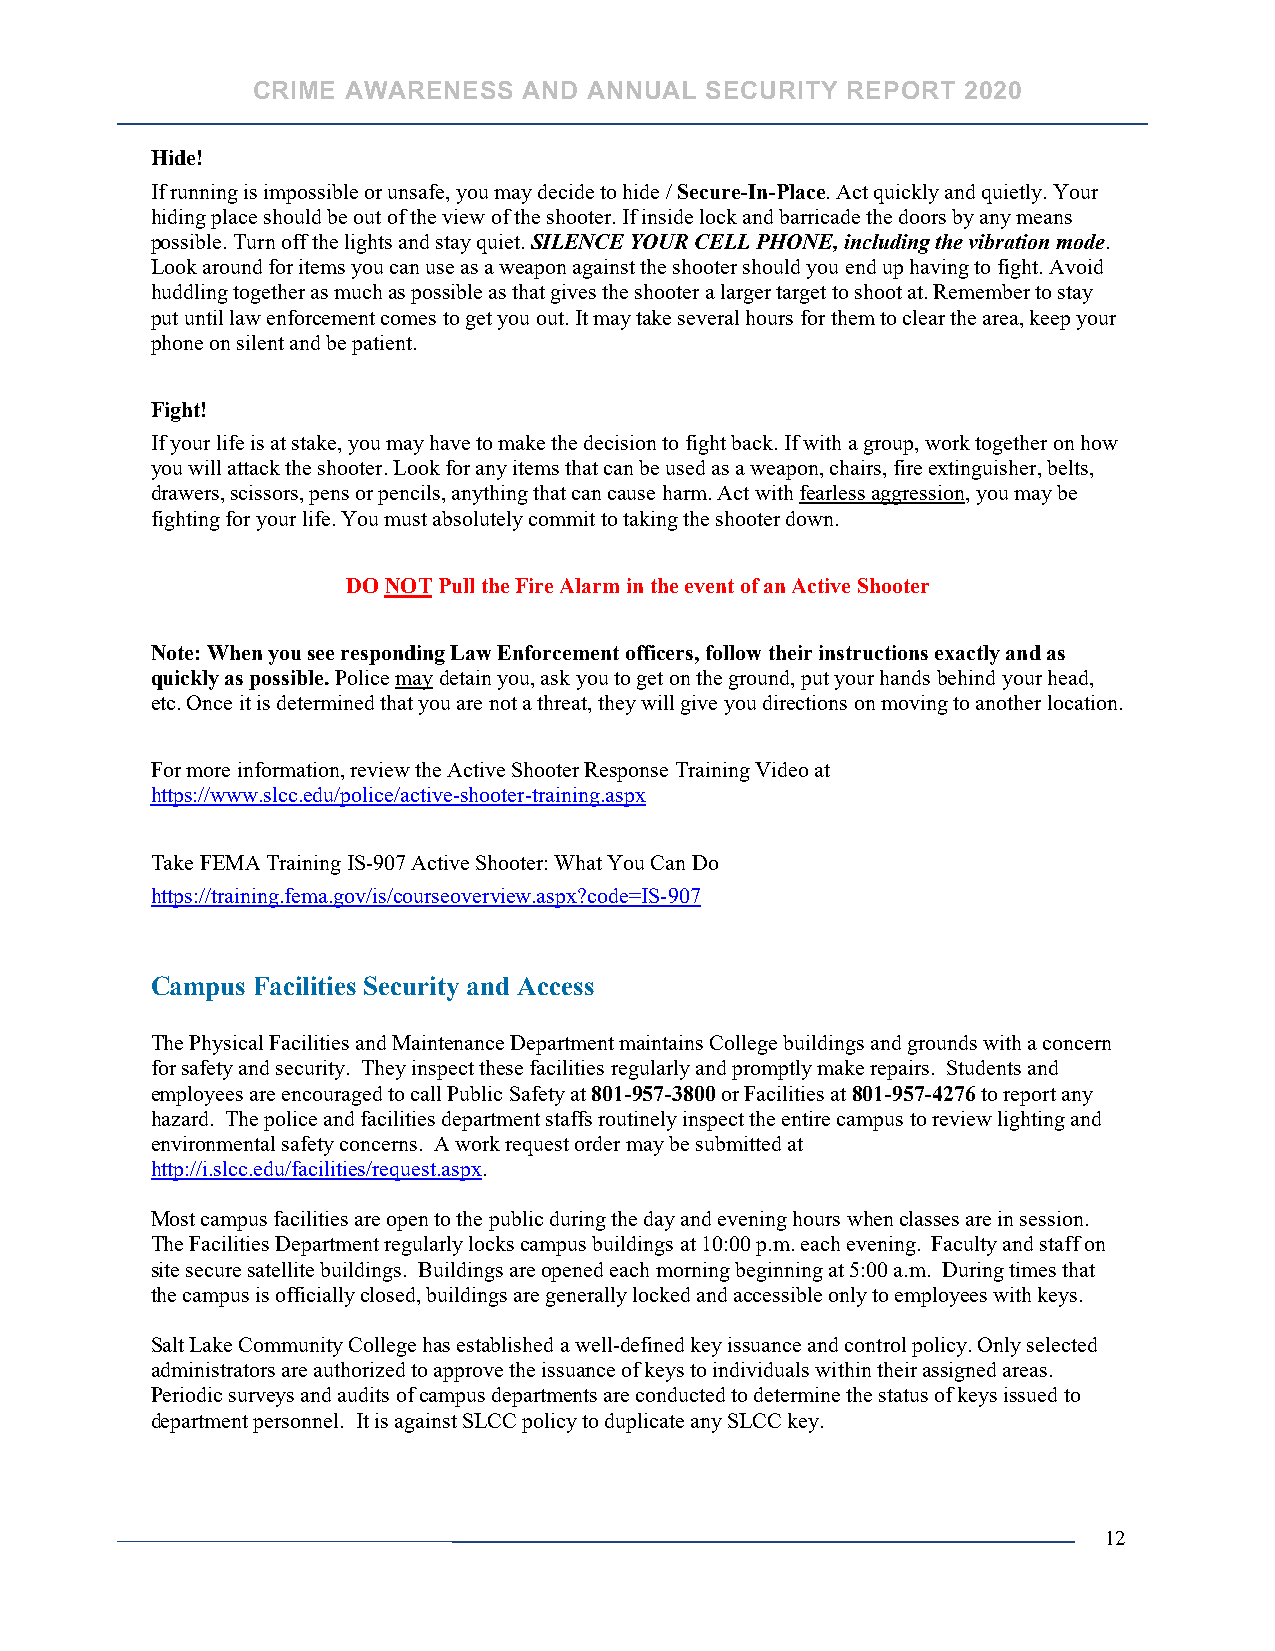
CRIME AWARENESS   AND ANNUAL  SECURITY REPORT  2020
 Hide!
 If running is impossible or unsafe, you may decide to hide / Secure-In-Place. Act quickly and quietly. Your
 hiding place should be out of the view of the shooter. If inside lock and barricade the doors by any means
 possible. Turn off the lights and stay quiet. SILENCE YOUR CELL PHONE, including the vibration mode.
 Look around for items you can use as a weapon against the shooter should you end up having to fight. Avoid
 huddling together as much as possible as that gives the shooter a larger target to shoot at. Remember to stay
 put until law enforcement comes to get you out. It may take several hours for them to clear the area, keep your
 phone on silent and be patient.
 Fight!
 If your life is at stake, you may have to make the decision to fight back. If with a group, work together on how
 you will attack the shooter. Look for any items that can be used as a weapon, chairs, fire extinguisher, belts,
 drawers, scissors, pens or pencils, anything that can cause harm. Act with fearless aggression, you may be
 fighting for your life. You must absolutely commit to taking the shooter down.
 DO NOT Pull the Fire Alarm in the event of an Active Shooter
 Note: When you see responding Law Enforcement officers, follow their instructions exactly and as
 quickly as possible. Police may detain you, ask you to get on the ground, put your hands behind your head,
 etc. Once it is determined that you are not a threat, they will give you directions on moving to another location.
 For more information, review the Active Shooter Response Training Video at
 https://www.slcc.edu/police/active-shooter-training.aspx
 Take FEMA Training IS-907 Active Shooter: What You Can Do
 https://training.fema.gov/is/courseoverview.aspx?code=IS-907
 Campus Facilities Security and Access
 The Physical Facilities and Maintenance Department maintains College buildings and grounds with a concern
 for safety and security. They inspect these facilities regularly and promptly make repairs. Students and
 employees are encouraged to call Public Safety at 801-957-3800 or Facilities at 801-957-4276 to report any
 hazard. The police and facilities department staffs routinely inspect the entire campus to review lighting and
 environmental safety concerns. A work request order may be submitted at
 http://i.slcc.edu/facilities/request.aspx.
 Most campus facilities are open to the public during the day and evening hours when classes are in session.
 The Facilities Department regularly locks campus buildings at 10:00 p.m. each evening. Faculty and staff on
 site secure satellite buildings. Buildings are opened each morning beginning at 5:00 a.m. During times that
 the campus is officially closed, buildings are generally locked and accessible only to employees with keys.
 Salt Lake Community College has established a well-defined key issuance and control policy. Only selected
 administrators are authorized to approve the issuance of keys to individuals within their assigned areas.
 Periodic surveys and audits of campus departments are conducted to determine the status of keys issued to
 department personnel. It is against SLCC policy to duplicate any SLCC key.
 12